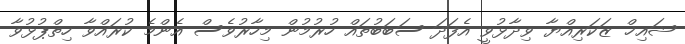
ޝައިޚް ޒަކަރިއްޔާ ވިދާޅުވީ އެފަދަ ސަބަބުތައް ހުރުމުން މިހާރުވެސް އެންމެ ކުރައްވާ ހިތްޕުޅުވާ